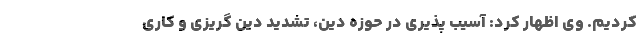
کردیم. وی اظهار کرد: آسیب پذیری در حوزه دین، تشدید دین گریزی و کاری